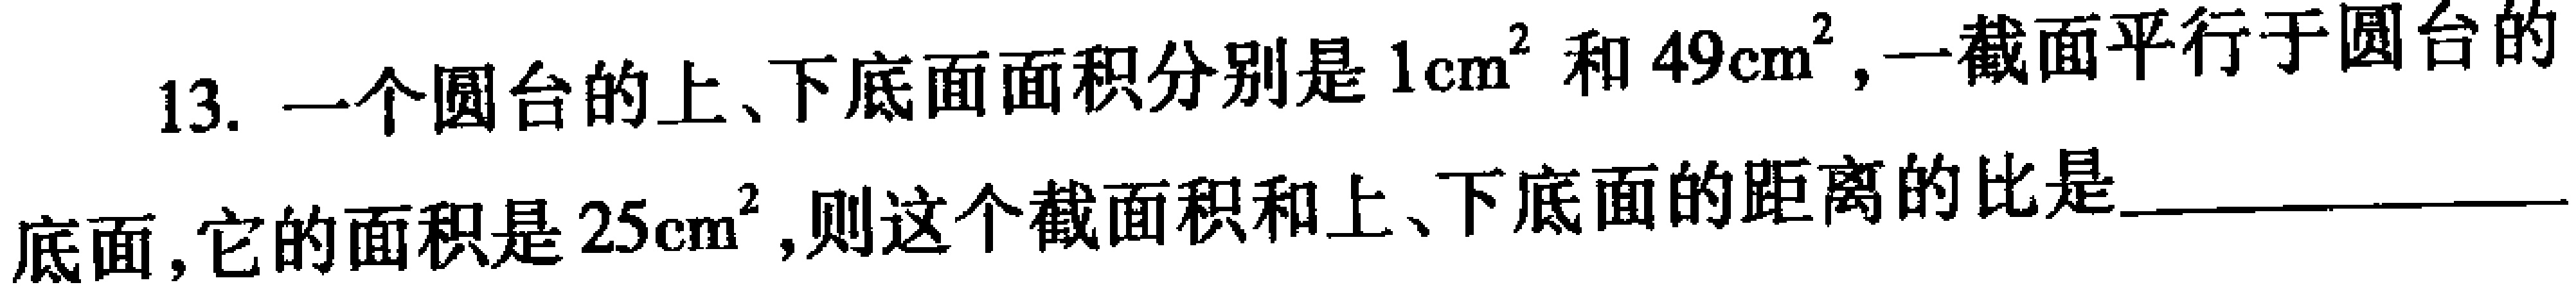
13. 一个圆台的上、下底面面积分别是\(1\mathrm{cm}^{2}\)和\(49\mathrm{cm}^{2}\)，一截面平行于圆台的底面，它的面积是\(25\mathrm{cm}^{2}\)，则这个截面积和上、下底面的距离的比是________________